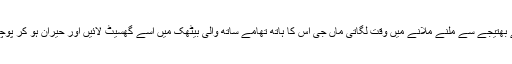
اس سے پہلے کہ ماہا گھر میں موجود بھاوج اور چھوٹے بھتیجے سے ملنے ملانے میں وقت لگاتی ماں جی اس کا ہاتھ تھامے ساتھ والی بیٹھک میں اسے گھسیٹ لائیں اور حیران ہو کر پوچھا سب خیریت تو ہے میری بچی اس طرح کیسے آ گئی؟